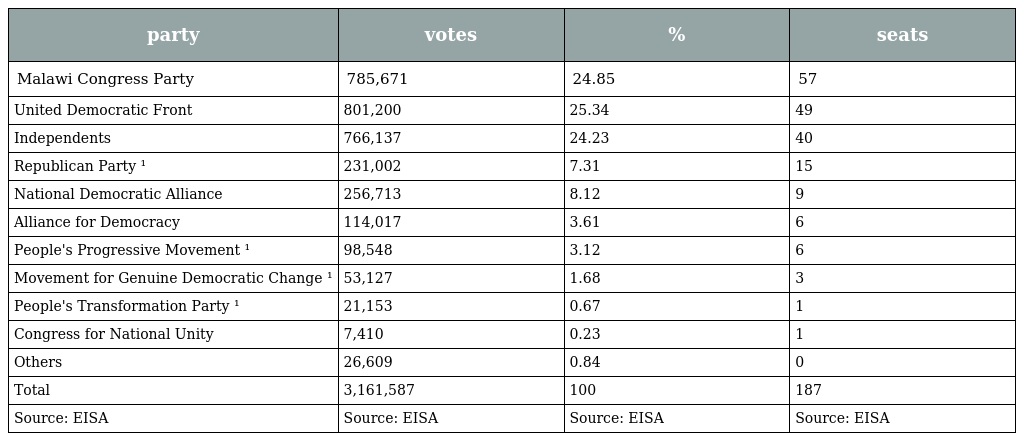
| party | votes | % | seats |
 | --- | --- | --- | --- |
 | Malawi Congress Party | 785,671 | 24.85 | 57 |
 | United Democratic Front | 801,200 | 25.34 | 49 |
 | Independents | 766,137 | 24.23 | 40 |
 | Republican Party ¹ | 231,002 | 7.31 | 15 |
 | National Democratic Alliance | 256,713 | 8.12 | 9 |
 | Alliance for Democracy | 114,017 | 3.61 | 6 |
 | People's Progressive Movement ¹ | 98,548 | 3.12 | 6 |
 | Movement for Genuine Democratic Change ¹ | 53,127 | 1.68 | 3 |
 | People's Transformation Party ¹ | 21,153 | 0.67 | 1 |
 | Congress for National Unity | 7,410 | 0.23 | 1 |
 | Others | 26,609 | 0.84 | 0 |
 | Total | 3,161,587 | 100 | 187 |
 | Source: EISA | Source: EISA | Source: EISA | Source: EISA |